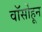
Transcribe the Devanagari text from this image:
वॉर्सोहून